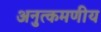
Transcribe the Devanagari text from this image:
अनुत्कमणीय